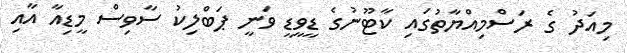
މިއަދު ގެ ރަސްމިއްޔާތުގައި ކާޓޫނުގެ ޑީވީޑީ ވަނީ ޕަބްލިކު ސާވިސް މީޑިއާ އާއި